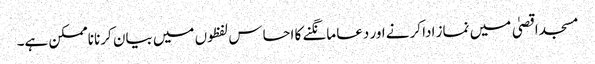
مسجد اقصیٰ میں نماز ادا کرنے اور دعا مانگنے کا احساس لفظوں میں بیان کرنا ناممکن ہے۔